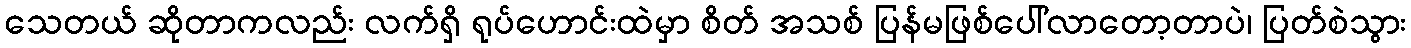
သေတယ် ဆိုတာကလည်း လက်ရှိ ရုပ်ဟောင်းထဲမှာ စိတ် အသစ် ပြန်မဖြစ်ပေါ်လာတော့တာပဲ၊ ပြတ်စဲသွား